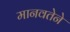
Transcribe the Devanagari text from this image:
मानवतेने